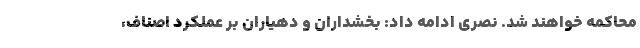
محاکمه خواهند شد. نصری ادامه داد: بخشداران و دهیاران بر عملکرد اصناف،